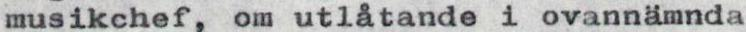
musikchef, om utlåtande i ovannämnda